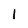
Character: 1